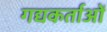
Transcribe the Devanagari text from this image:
गद्यकर्ताओं